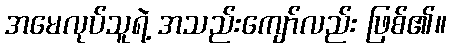
အမေလုပ်သူရဲ့ အသည်းကျော်လည်း ဖြစ်၏။